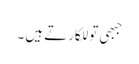
جبھی تو للکارتے ہیں ۔